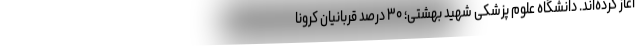
آغاز کرده‌اند. دانشگاه علوم پزشکی شهید بهشتی؛ ۳۰ درصد قربانیان کرونا